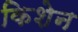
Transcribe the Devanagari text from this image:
किशेन